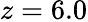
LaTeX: z=6.0